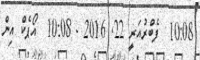
10:08  ފެބްރުއަރީ 22